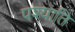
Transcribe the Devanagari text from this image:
पश्याति